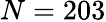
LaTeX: N=203